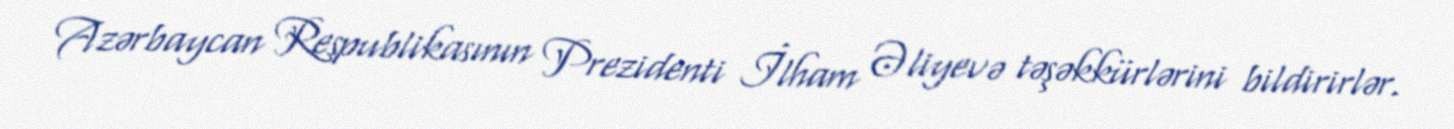
Azərbaycan Respublikasının Prezidenti İlham Əliyevə təşəkkürlərini bildirirlər.